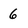
Character: 6